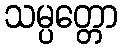
သမ္ပတ္တော